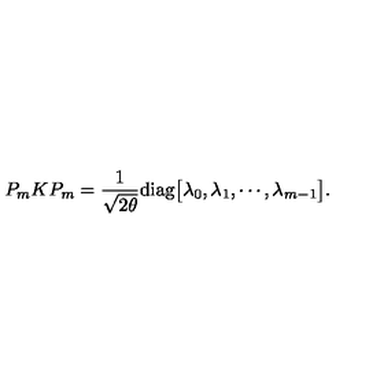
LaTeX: P _ { m } K P _ { m } = { \frac { 1 } { \sqrt { 2 \theta } } } \mathrm { d i a g } \bigl [ \lambda _ { 0 } , \lambda _ { 1 } , \cdots , \lambda _ { m - 1 } \bigr ] .